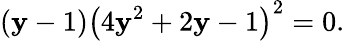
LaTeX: (\mathbf{y}-1)\left(4\mathbf{y}^{2}+2\mathbf{y}-1\right)^{2}=0.